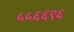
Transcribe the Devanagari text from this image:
५५६६९६